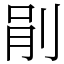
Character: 剈